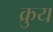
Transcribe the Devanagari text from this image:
क्रुय